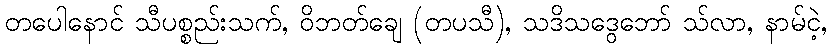
တပေါနောင် သီပစ္စည်းသက်, ဝိဘတ်ချေ (တပသီ), သဒိသဒွေဘော် သ်လာ, နာမ်ငဲ့,